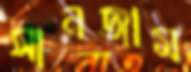
সানজাম